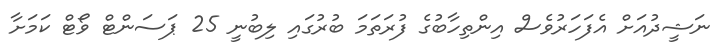
ނަޝީދުއަށް އެފަހަރުވެސް އިންތިހާބުގެ ފުރަތަމަ ބުރުގައި ލިބުނީ 25 ޕަސަންޓް ވޯޓް ކަމަށާ